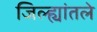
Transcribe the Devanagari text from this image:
जिल्ह्यांतले